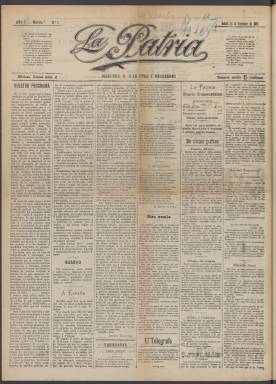
Título: La Patria (Manila)
Colección: Periódicos
Ámbito geográfico: Filipinas
Lugar de publicación: Manila
Fechas: 16/09/1899-21/09/1899